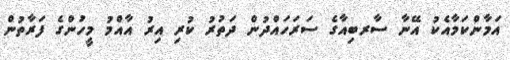
އަމާންކަމާއެކު އޭނާ ސާރބިއާގެ ސަރަހައްދުން ދަތުރު ކުރި އިރު އާއްމު މީހުންގެ ފަރާތުން